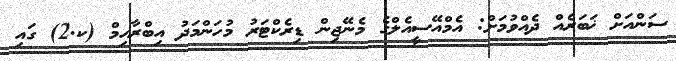
ސަންއަށް ޚަބަރެއް ދެއްވުމަށް: އެމްއޭސީއެލްގެ މެނޭޖިން ޑިރެކްޓަރު މުހަންމަދު އިބްރާހިމް (ކ.2) ގައި